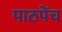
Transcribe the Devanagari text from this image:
पाठपेंच